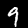
Label: 9